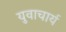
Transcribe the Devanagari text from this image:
युवाचार्य